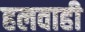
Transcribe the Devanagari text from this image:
हलवाही